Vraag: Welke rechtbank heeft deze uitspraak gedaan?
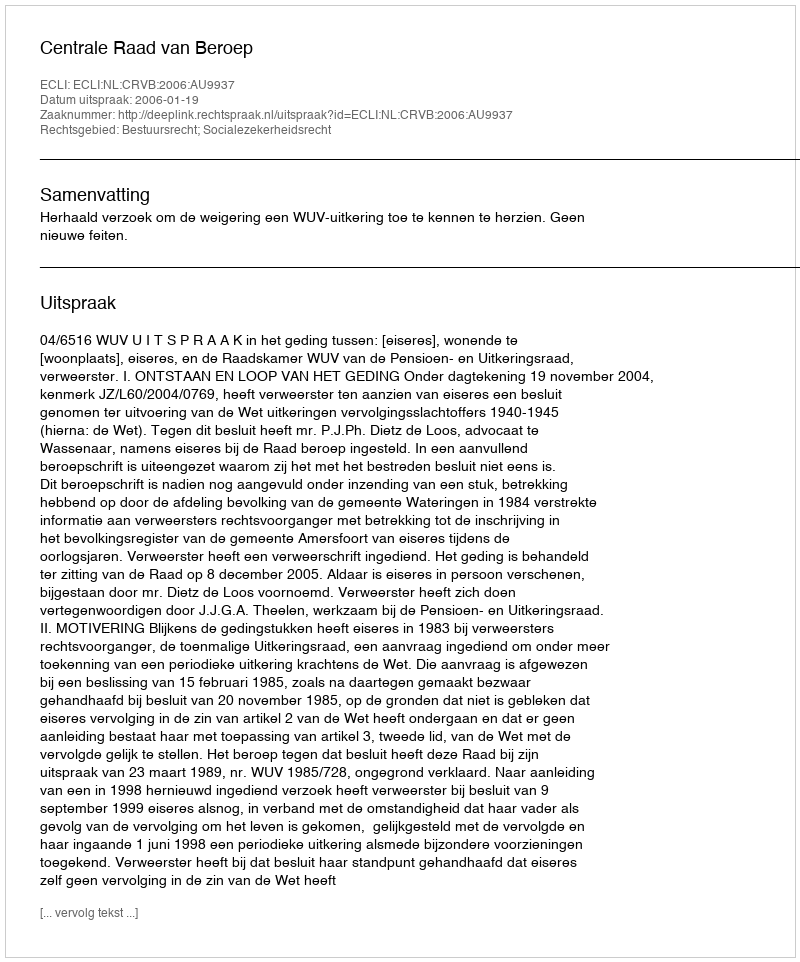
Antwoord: Centrale Raad van Beroep